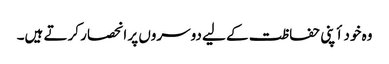
وہ خود أپنی حفاظت کے لیے دوسروں پر انحصار کرتے ہیں۔